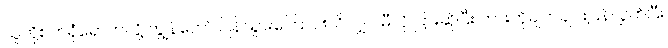
သူတို့စက်ရုံရောက်လို့ ကျွန်တော် ပြန်သွားကြောင်းသိလျှင် မီလို ငြားဆိုပြီး ကားကိုချက်ချင်းပြန်လွှတ်ပြီး